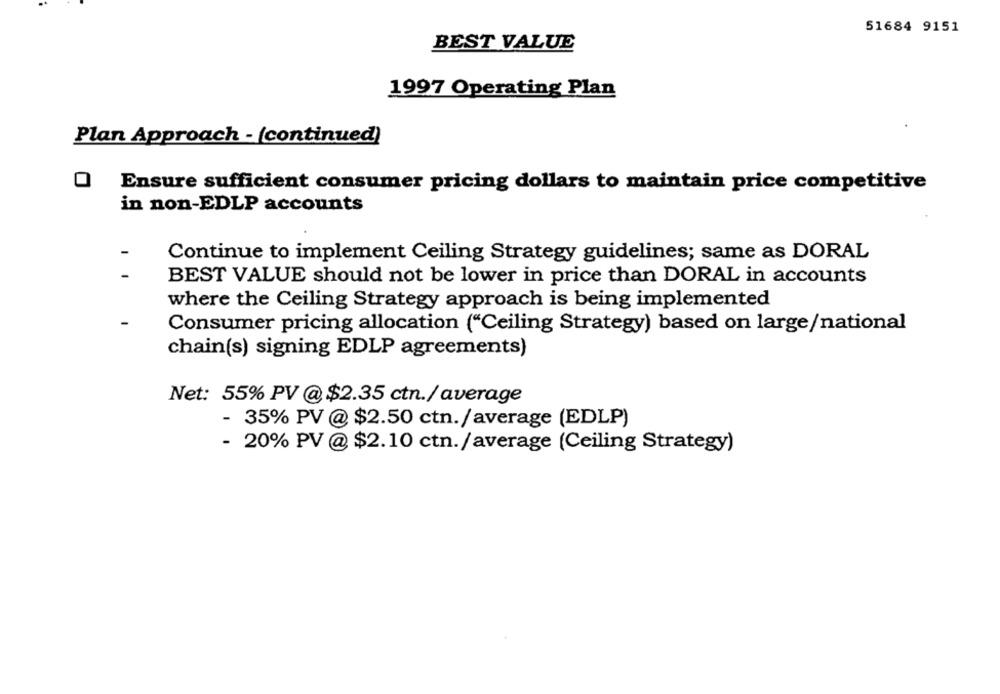
51684 9151
BEST VALUE
1997 Operating Plan
Plan Approach - (continued)
Ensure sufficient consumer pricing dollars to maintain price competitive
in non-EDLP accounts
Continue to implement Ceiling Strategy guidelines; same as DORAL
BEST VALUE should not be lower in price than DORAL in accounts
where the Ceiling Strategy approach is being implemented
Consumer pricing allocation ("Ceiling Strategy) based on large/national
chain(s) signing EDLP agreements)
Net: 55% PV @ $2.35 ctn./ average
- 35% PV @ $2.50 ctn./average (EDLP)
- 20% PV @ $2.10 ctn./average (Ceiling Strategy)